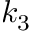
k _ { 3 }